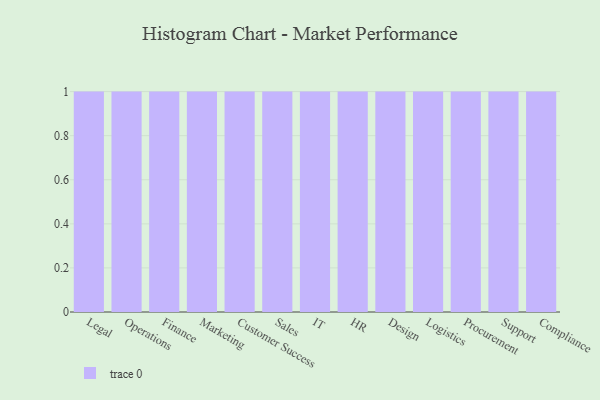
{"axis": {"x": "Department", "y": "Temperature (°C)"}, "legend": [""], "data": [{"x": "Legal", "y": 46, "type": ""}, {"x": "Operations", "y": 41, "type": ""}, {"x": "Finance", "y": 33, "type": ""}, {"x": "Marketing", "y": 38, "type": ""}, {"x": "Customer Success", "y": 67, "type": ""}, {"x": "Sales", "y": 80, "type": ""}, {"x": "IT", "y": 48, "type": ""}, {"x": "HR", "y": 16, "type": ""}, {"x": "Design", "y": 98, "type": ""}, {"x": "Logistics", "y": 50, "type": ""}, {"x": "Procurement", "y": 49, "type": ""}, {"x": "Support", "y": 84, "type": ""}, {"x": "Compliance", "y": 42, "type": ""}]}